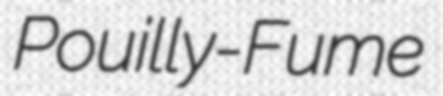
Pouilly-Fume